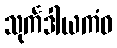
သုင်္ကဒါယကံဝ